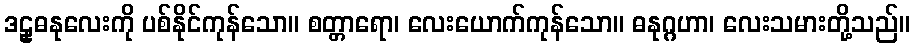
ဒဠှဓနုလေးကို ပစ်နိုင်ကုန်သော။ စတ္တာရော၊ လေးယောက်ကုန်သော။ ဓနုဂ္ဂဟာ၊ လေးသမားတို့သည်။